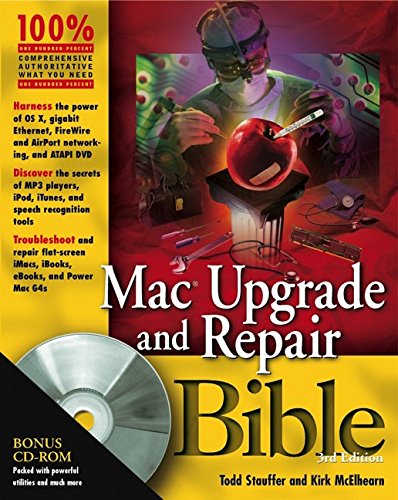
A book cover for Mac Upgrade and Repair Bible; Todd Stauffer; Computers & Technology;